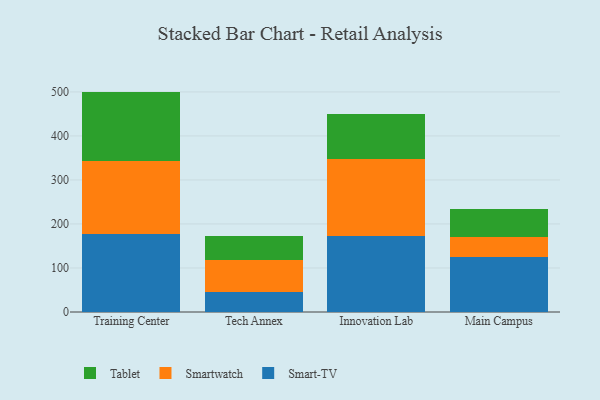
{"axis": {"x": "Campus", "y": "Active Users"}, "legend": ["Smart-TV", "Smartwatch", "Tablet"], "data": [{"x": "Training Center", "y": 176.4, "type": "Smart-TV"}, {"x": "Training Center", "y": 167.2, "type": "Smartwatch"}, {"x": "Training Center", "y": 157.1, "type": "Tablet"}, {"x": "Tech Annex", "y": 45.5, "type": "Smart-TV"}, {"x": "Tech Annex", "y": 72.8, "type": "Smartwatch"}, {"x": "Tech Annex", "y": 54.0, "type": "Tablet"}, {"x": "Innovation Lab", "y": 172.0, "type": "Smart-TV"}, {"x": "Innovation Lab", "y": 175.7, "type": "Smartwatch"}, {"x": "Innovation Lab", "y": 103.2, "type": "Tablet"}, {"x": "Main Campus", "y": 124.8, "type": "Smart-TV"}, {"x": "Main Campus", "y": 45.9, "type": "Smartwatch"}, {"x": "Main Campus", "y": 62.6, "type": "Tablet"}]}